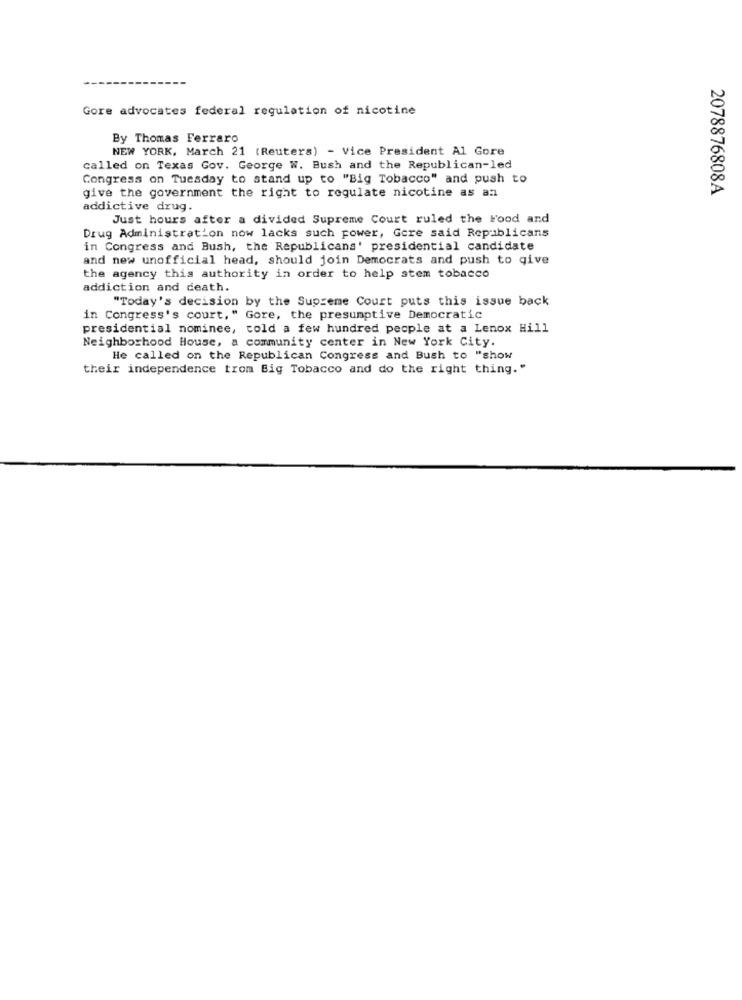
Gore advocates federal regulation of nicotine
By Thomas Ferraro
NEW YORK, March 21 (Reuters) - Vice President Al Gore
called on Texas Gov. George W. Bush and the Republican-led
Congress on Tuesday to stand up to "Big Tobacco" and push to
give the government the right to regulate nicotine as an
2078876808A
addictive drug.
Just hours after a divided Supreme Court ruled the Food and
Drug Administration now lacks such power, Gere said Republicans
in Congress and Bush, the Republicans' presidential candidate
and new unofficial head, should join Democrats and push to give
the agency this authority in order to help stem tobacco
addiction and death.
"Today's decision by the Supreme Court puts this issue back
in Congress's court," Gore, the presumptive Democratic
presidential nominee, cold a few hundred people at a Lenox Hill
Neighborhood House, a community center in New York City.
He called on the Republican Congress and Bush to "show
their independence trom Big Tobacco and do the right thing."